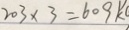
2 0 3 \times 3 = 6 0 9 k